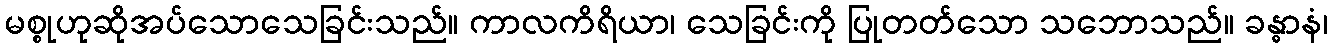
မစ္စုဟုဆိုအပ်သောသေခြင်းသည်။ ကာလကိရိယာ၊ သေခြင်းကို ပြုတတ်သော သဘောသည်။ ခန္ဓာနံ၊